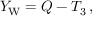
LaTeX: \qquad Y _ { \mathrm { { W } } } = Q - T _ { 3 } \, ,